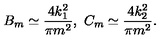
B _ { m } \simeq \frac { 4 k _ { 1 } ^ { 2 } } { \pi m ^ { 2 } } , \ C _ { m } \simeq \frac { 4 k _ { 2 } ^ { 2 } } { \pi m ^ { 2 } } .